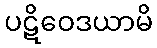
ပဋိဝေဒယာမိ